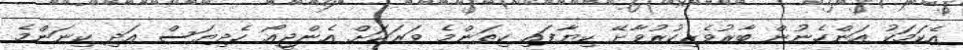
އެކަމަކު އަންހެނުން ބާރުވެރިކުރުވާށޭ ކިޔާފައި ކިތަންމެ ވަރަކަށް އެންޖީއޯ ހެދިޔަސް އަދި ކިނަންމެ